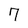
Character: 7